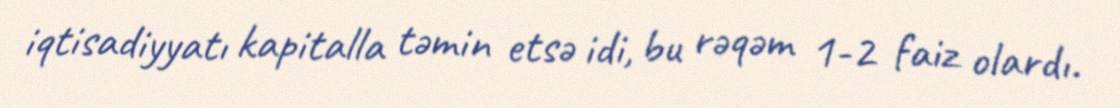
iqtisadiyyatı kapitalla təmin etsə idi, bu rəqəm 1-2 faiz olardı.